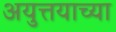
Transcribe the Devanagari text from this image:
अयुत्तयाच्या